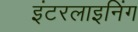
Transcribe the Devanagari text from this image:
इंटरलाइनिंग